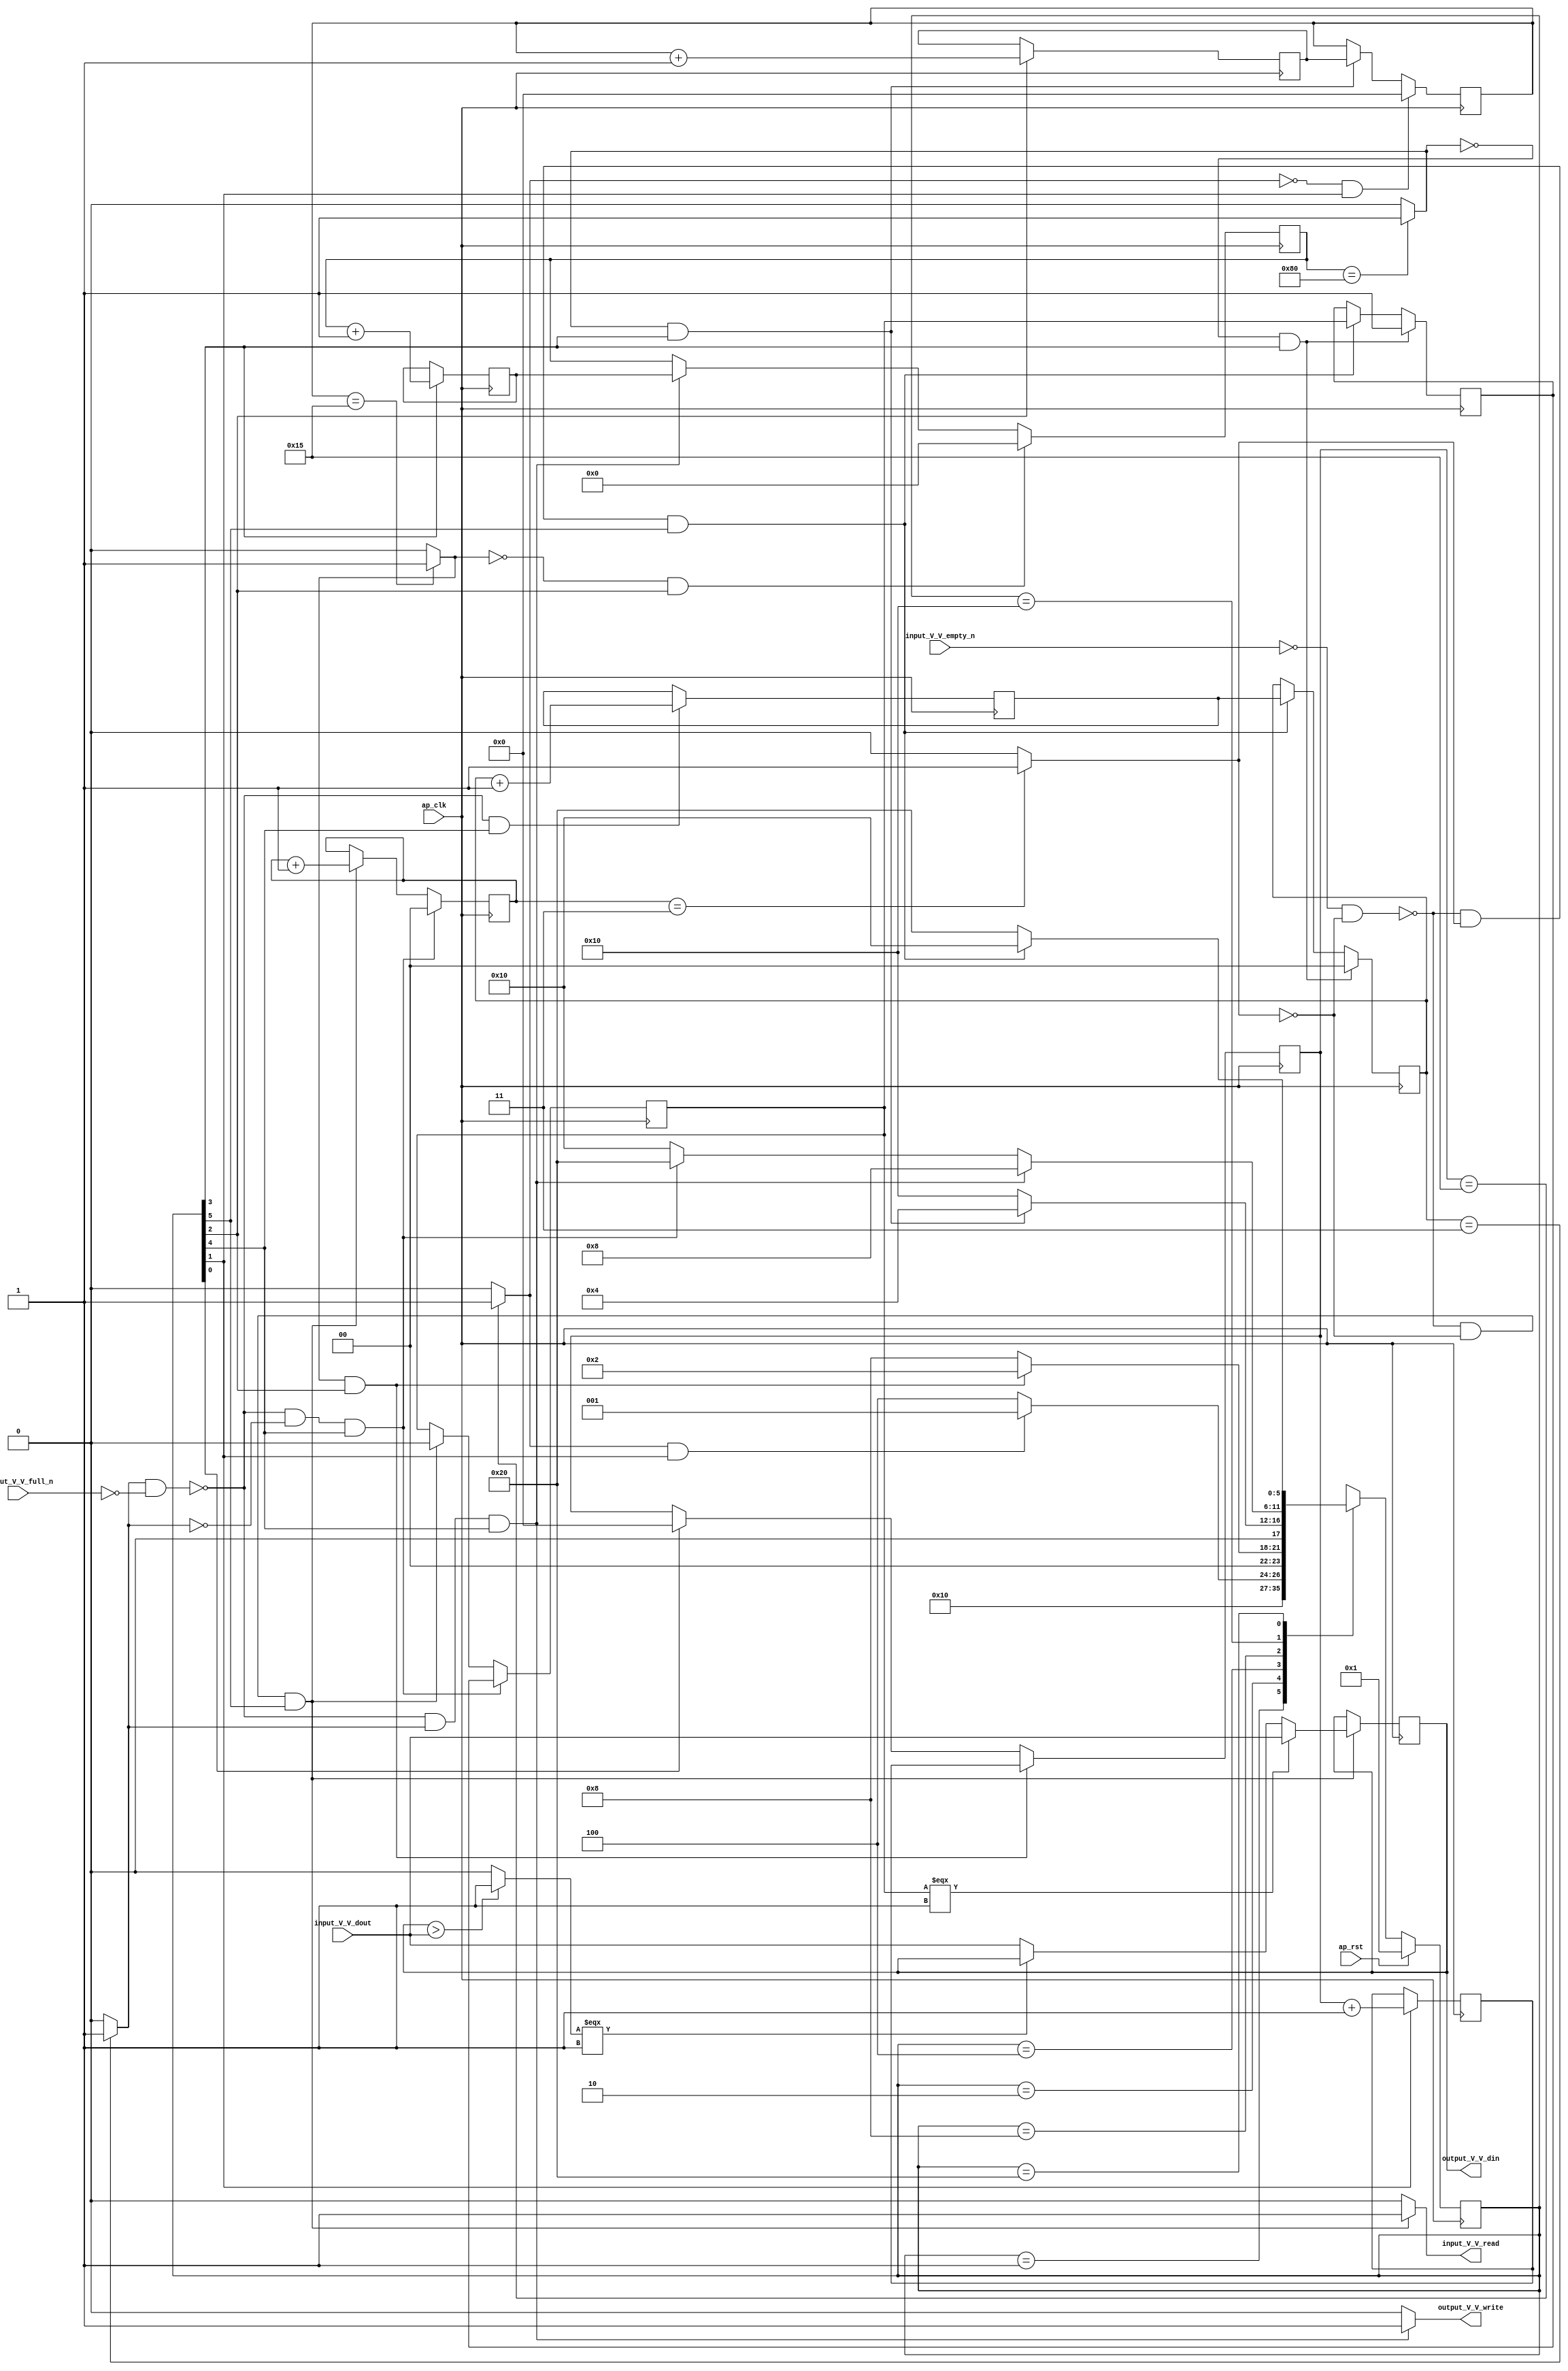
// ==============================================================
// RTL generated by Vivado(TM) HLS - High-Level Synthesis from C, C++ and SystemC
// Version: 2017.4
// Copyright (C) 1986-2017 Xilinx, Inc. All Rights Reserved.
// 
// ===========================================================

`timescale 1 ns / 1 ps 

(* CORE_GENERATION_INFO="maxpool_4,hls_ip_2017_4,{HLS_INPUT_TYPE=cxx,HLS_INPUT_FLOAT=0,HLS_INPUT_FIXED=1,HLS_INPUT_PART=xczu9eg-ffvb1156-2-e,HLS_INPUT_CLOCK=10.000000,HLS_INPUT_ARCH=others,HLS_SYN_CLOCK=3.420000,HLS_SYN_LAT=960541,HLS_SYN_TPT=none,HLS_SYN_MEM=0,HLS_SYN_DSP=0,HLS_SYN_FF=66,HLS_SYN_LUT=296}" *)

module maxpool_4 (
        ap_clk,
        ap_rst,
        input_V_V_dout,
        input_V_V_empty_n,
        input_V_V_read,
        output_V_V_din,
        output_V_V_full_n,
        output_V_V_write
);

parameter    ap_ST_fsm_state1 = 6'd1;
parameter    ap_ST_fsm_state2 = 6'd2;
parameter    ap_ST_fsm_state3 = 6'd4;
parameter    ap_ST_fsm_state4 = 6'd8;
parameter    ap_ST_fsm_state5 = 6'd16;
parameter    ap_ST_fsm_state6 = 6'd32;

input   ap_clk;
input   ap_rst;
input  [15:0] input_V_V_dout;
input   input_V_V_empty_n;
output   input_V_V_read;
output  [15:0] output_V_V_din;
input   output_V_V_full_n;
output   output_V_V_write;

reg input_V_V_read;
reg output_V_V_write;

reg    input_V_V_blk_n;
(* fsm_encoding = "none" *) reg   [5:0] ap_CS_fsm;
wire    ap_CS_fsm_state6;
wire   [0:0] exitcond_fu_233_p2;
reg    output_V_V_blk_n;
wire    ap_CS_fsm_state5;
wire   [0:0] exitcond4_fu_221_p2;
wire   [4:0] hout_1_fu_191_p2;
reg   [4:0] hout_1_reg_281;
wire    ap_CS_fsm_state2;
wire   [4:0] wout_1_fu_203_p2;
reg   [4:0] wout_1_reg_289;
wire    ap_CS_fsm_state3;
wire   [7:0] pout_1_fu_215_p2;
reg   [7:0] pout_1_reg_297;
wire    ap_CS_fsm_state4;
wire   [1:0] hkern_1_fu_227_p2;
reg   [1:0] hkern_1_reg_305;
reg    ap_block_state5;
wire   [1:0] wkern_1_fu_239_p2;
reg    ap_block_state6;
reg   [4:0] hout_reg_101;
wire    ap_CS_fsm_state1;
wire   [0:0] exitcond2_fu_197_p2;
reg   [4:0] wout_reg_112;
wire   [0:0] exitcond3_fu_209_p2;
wire   [0:0] exitcond1_fu_185_p2;
reg   [7:0] pout_reg_123;
reg   [1:0] hkern_reg_134;
reg   [0:0] first_element_reg_145;
reg   [1:0] wkern_reg_157;
reg   [0:0] first_element_1_reg_168;
reg   [15:0] tmp_V_fu_84;
wire   [15:0] max_V_1_fu_259_p3;
wire   [0:0] tmp_4_fu_245_p2;
wire   [15:0] max_V_fu_251_p3;
reg   [5:0] ap_NS_fsm;

// power-on initialization
initial begin
#0 ap_CS_fsm = 6'd1;
end

always @ (posedge ap_clk) begin
    if (ap_rst == 1'b1) begin
        ap_CS_fsm <= ap_ST_fsm_state1;
    end else begin
        ap_CS_fsm <= ap_NS_fsm;
    end
end

always @ (posedge ap_clk) begin
    if ((~((exitcond4_fu_221_p2 == 1'd1) & (output_V_V_full_n == 1'b0)) & (exitcond4_fu_221_p2 == 1'd0) & (1'b1 == ap_CS_fsm_state5))) begin
        first_element_1_reg_168 <= first_element_reg_145;
    end else if ((~((input_V_V_empty_n == 1'b0) & (exitcond_fu_233_p2 == 1'd0)) & (exitcond_fu_233_p2 == 1'd0) & (1'b1 == ap_CS_fsm_state6))) begin
        first_element_1_reg_168 <= 1'd0;
    end
end

always @ (posedge ap_clk) begin
    if (((exitcond3_fu_209_p2 == 1'd0) & (1'b1 == ap_CS_fsm_state4))) begin
        first_element_reg_145 <= 1'd1;
    end else if ((~((input_V_V_empty_n == 1'b0) & (exitcond_fu_233_p2 == 1'd0)) & (exitcond_fu_233_p2 == 1'd1) & (1'b1 == ap_CS_fsm_state6))) begin
        first_element_reg_145 <= first_element_1_reg_168;
    end
end

always @ (posedge ap_clk) begin
    if (((exitcond3_fu_209_p2 == 1'd0) & (1'b1 == ap_CS_fsm_state4))) begin
        hkern_reg_134 <= 2'd0;
    end else if ((~((input_V_V_empty_n == 1'b0) & (exitcond_fu_233_p2 == 1'd0)) & (exitcond_fu_233_p2 == 1'd1) & (1'b1 == ap_CS_fsm_state6))) begin
        hkern_reg_134 <= hkern_1_reg_305;
    end
end

always @ (posedge ap_clk) begin
    if (((exitcond2_fu_197_p2 == 1'd1) & (1'b1 == ap_CS_fsm_state3))) begin
        hout_reg_101 <= hout_1_reg_281;
    end else if ((1'b1 == ap_CS_fsm_state1)) begin
        hout_reg_101 <= 5'd0;
    end
end

always @ (posedge ap_clk) begin
    if (((exitcond2_fu_197_p2 == 1'd0) & (1'b1 == ap_CS_fsm_state3))) begin
        pout_reg_123 <= 8'd0;
    end else if ((~((exitcond4_fu_221_p2 == 1'd1) & (output_V_V_full_n == 1'b0)) & (exitcond4_fu_221_p2 == 1'd1) & (1'b1 == ap_CS_fsm_state5))) begin
        pout_reg_123 <= pout_1_reg_297;
    end
end

always @ (posedge ap_clk) begin
    if ((~((exitcond4_fu_221_p2 == 1'd1) & (output_V_V_full_n == 1'b0)) & (exitcond4_fu_221_p2 == 1'd0) & (1'b1 == ap_CS_fsm_state5))) begin
        wkern_reg_157 <= 2'd0;
    end else if ((~((input_V_V_empty_n == 1'b0) & (exitcond_fu_233_p2 == 1'd0)) & (exitcond_fu_233_p2 == 1'd0) & (1'b1 == ap_CS_fsm_state6))) begin
        wkern_reg_157 <= wkern_1_fu_239_p2;
    end
end

always @ (posedge ap_clk) begin
    if (((exitcond1_fu_185_p2 == 1'd0) & (1'b1 == ap_CS_fsm_state2))) begin
        wout_reg_112 <= 5'd0;
    end else if (((exitcond3_fu_209_p2 == 1'd1) & (1'b1 == ap_CS_fsm_state4))) begin
        wout_reg_112 <= wout_1_reg_289;
    end
end

always @ (posedge ap_clk) begin
    if ((~((exitcond4_fu_221_p2 == 1'd1) & (output_V_V_full_n == 1'b0)) & (1'b1 == ap_CS_fsm_state5))) begin
        hkern_1_reg_305 <= hkern_1_fu_227_p2;
    end
end

always @ (posedge ap_clk) begin
    if ((1'b1 == ap_CS_fsm_state2)) begin
        hout_1_reg_281 <= hout_1_fu_191_p2;
    end
end

always @ (posedge ap_clk) begin
    if ((1'b1 == ap_CS_fsm_state4)) begin
        pout_1_reg_297 <= pout_1_fu_215_p2;
    end
end

always @ (posedge ap_clk) begin
    if ((~((input_V_V_empty_n == 1'b0) & (exitcond_fu_233_p2 == 1'd0)) & (exitcond_fu_233_p2 == 1'd0) & (1'b1 == ap_CS_fsm_state6))) begin
        tmp_V_fu_84 <= max_V_1_fu_259_p3;
    end
end

always @ (posedge ap_clk) begin
    if ((1'b1 == ap_CS_fsm_state3)) begin
        wout_1_reg_289 <= wout_1_fu_203_p2;
    end
end

always @ (*) begin
    if (((exitcond_fu_233_p2 == 1'd0) & (1'b1 == ap_CS_fsm_state6))) begin
        input_V_V_blk_n = input_V_V_empty_n;
    end else begin
        input_V_V_blk_n = 1'b1;
    end
end

always @ (*) begin
    if ((~((input_V_V_empty_n == 1'b0) & (exitcond_fu_233_p2 == 1'd0)) & (exitcond_fu_233_p2 == 1'd0) & (1'b1 == ap_CS_fsm_state6))) begin
        input_V_V_read = 1'b1;
    end else begin
        input_V_V_read = 1'b0;
    end
end

always @ (*) begin
    if (((exitcond4_fu_221_p2 == 1'd1) & (1'b1 == ap_CS_fsm_state5))) begin
        output_V_V_blk_n = output_V_V_full_n;
    end else begin
        output_V_V_blk_n = 1'b1;
    end
end

always @ (*) begin
    if ((~((exitcond4_fu_221_p2 == 1'd1) & (output_V_V_full_n == 1'b0)) & (exitcond4_fu_221_p2 == 1'd1) & (1'b1 == ap_CS_fsm_state5))) begin
        output_V_V_write = 1'b1;
    end else begin
        output_V_V_write = 1'b0;
    end
end

always @ (*) begin
    case (ap_CS_fsm)
        ap_ST_fsm_state1 : begin
            ap_NS_fsm = ap_ST_fsm_state2;
        end
        ap_ST_fsm_state2 : begin
            if (((exitcond1_fu_185_p2 == 1'd1) & (1'b1 == ap_CS_fsm_state2))) begin
                ap_NS_fsm = ap_ST_fsm_state1;
            end else begin
                ap_NS_fsm = ap_ST_fsm_state3;
            end
        end
        ap_ST_fsm_state3 : begin
            if (((exitcond2_fu_197_p2 == 1'd1) & (1'b1 == ap_CS_fsm_state3))) begin
                ap_NS_fsm = ap_ST_fsm_state2;
            end else begin
                ap_NS_fsm = ap_ST_fsm_state4;
            end
        end
        ap_ST_fsm_state4 : begin
            if (((exitcond3_fu_209_p2 == 1'd1) & (1'b1 == ap_CS_fsm_state4))) begin
                ap_NS_fsm = ap_ST_fsm_state3;
            end else begin
                ap_NS_fsm = ap_ST_fsm_state5;
            end
        end
        ap_ST_fsm_state5 : begin
            if ((~((exitcond4_fu_221_p2 == 1'd1) & (output_V_V_full_n == 1'b0)) & (exitcond4_fu_221_p2 == 1'd1) & (1'b1 == ap_CS_fsm_state5))) begin
                ap_NS_fsm = ap_ST_fsm_state4;
            end else if ((~((exitcond4_fu_221_p2 == 1'd1) & (output_V_V_full_n == 1'b0)) & (exitcond4_fu_221_p2 == 1'd0) & (1'b1 == ap_CS_fsm_state5))) begin
                ap_NS_fsm = ap_ST_fsm_state6;
            end else begin
                ap_NS_fsm = ap_ST_fsm_state5;
            end
        end
        ap_ST_fsm_state6 : begin
            if ((~((input_V_V_empty_n == 1'b0) & (exitcond_fu_233_p2 == 1'd0)) & (exitcond_fu_233_p2 == 1'd1) & (1'b1 == ap_CS_fsm_state6))) begin
                ap_NS_fsm = ap_ST_fsm_state5;
            end else if ((~((input_V_V_empty_n == 1'b0) & (exitcond_fu_233_p2 == 1'd0)) & (exitcond_fu_233_p2 == 1'd0) & (1'b1 == ap_CS_fsm_state6))) begin
                ap_NS_fsm = ap_ST_fsm_state6;
            end else begin
                ap_NS_fsm = ap_ST_fsm_state6;
            end
        end
        default : begin
            ap_NS_fsm = 'bx;
        end
    endcase
end

assign ap_CS_fsm_state1 = ap_CS_fsm[32'd0];

assign ap_CS_fsm_state2 = ap_CS_fsm[32'd1];

assign ap_CS_fsm_state3 = ap_CS_fsm[32'd2];

assign ap_CS_fsm_state4 = ap_CS_fsm[32'd3];

assign ap_CS_fsm_state5 = ap_CS_fsm[32'd4];

assign ap_CS_fsm_state6 = ap_CS_fsm[32'd5];

always @ (*) begin
    ap_block_state5 = ((exitcond4_fu_221_p2 == 1'd1) & (output_V_V_full_n == 1'b0));
end

always @ (*) begin
    ap_block_state6 = ((input_V_V_empty_n == 1'b0) & (exitcond_fu_233_p2 == 1'd0));
end

assign exitcond1_fu_185_p2 = ((hout_reg_101 == 5'd21) ? 1'b1 : 1'b0);

assign exitcond2_fu_197_p2 = ((wout_reg_112 == 5'd21) ? 1'b1 : 1'b0);

assign exitcond3_fu_209_p2 = ((pout_reg_123 == 8'd128) ? 1'b1 : 1'b0);

assign exitcond4_fu_221_p2 = ((hkern_reg_134 == 2'd3) ? 1'b1 : 1'b0);

assign exitcond_fu_233_p2 = ((wkern_reg_157 == 2'd3) ? 1'b1 : 1'b0);

assign hkern_1_fu_227_p2 = (hkern_reg_134 + 2'd1);

assign hout_1_fu_191_p2 = (hout_reg_101 + 5'd1);

assign max_V_1_fu_259_p3 = ((first_element_1_reg_168[0:0] === 1'b1) ? input_V_V_dout : max_V_fu_251_p3);

assign max_V_fu_251_p3 = ((tmp_4_fu_245_p2[0:0] === 1'b1) ? tmp_V_fu_84 : input_V_V_dout);

assign output_V_V_din = tmp_V_fu_84;

assign pout_1_fu_215_p2 = (pout_reg_123 + 8'd1);

assign tmp_4_fu_245_p2 = (($signed(tmp_V_fu_84) > $signed(input_V_V_dout)) ? 1'b1 : 1'b0);

assign wkern_1_fu_239_p2 = (wkern_reg_157 + 2'd1);

assign wout_1_fu_203_p2 = (wout_reg_112 + 5'd1);

endmodule //maxpool_4